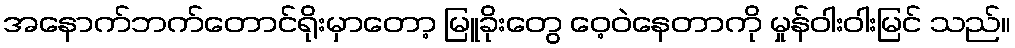
အနောက်ဘက်တောင်ရိုးမှာတော့ မြူခိုးတွေ ဝေ့ဝဲနေတာကို မှုန်ဝါးဝါးမြင် သည်။